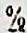
%